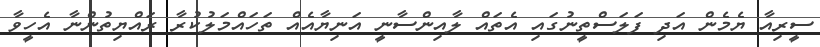
ސީރިއާ ޔެމެން އަދި ފަލަސްތީނުގައި އެތައް ލާއިންސާނީ އަނިޔާއެއް ތަހައްމަލުކުރާ ރައްޔިތުންނާ އެހީވާ